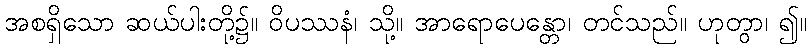
အစရှိသော ဆယ်ပါးတို့၌။ ဝိပဿနံ၊ သို့။ အာရောပေန္တော၊ တင်သည်။ ဟုတွာ၊ ၍။